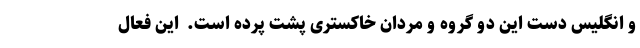
و انگلیس دست این دو گروه و مردان خاکستری پشت پرده است. ‌ این فعال